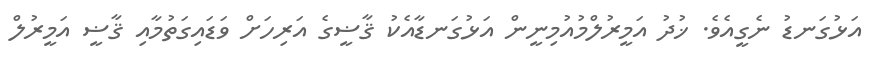
އަޅުގަނޑު ނެގީއެވެ. ޚުދު އަމީރުލްމުއުމިނީން އަޅުގަނޑާއެކު ޤާޟީގެ އަރިހަށް ވަޑައިގަތުމާއި ޤާޟީ އަމީރުލް